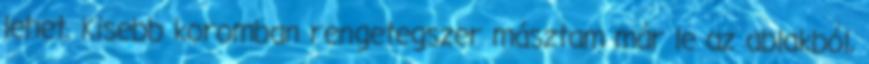
lehet. Kisebb koromban rengetegszer másztam már le az ablakból,